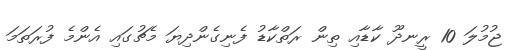
ޖުމުލަ 10 ރީނދޫ ކާޑާއި ތިން ރަތްކާޑު ފެނިގެންދިޔަ މެޗުގައި އެންމެ ފުރަތަމަ